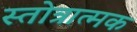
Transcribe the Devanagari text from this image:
स्तोत्रात्मक